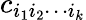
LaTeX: c_{i_{1}i_{2}\cdots i_{k}}